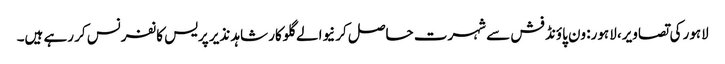
لاہور کی تصاویر، لاہور: ون پاؤنڈ فش سے شہرت حاصل کرنیوالے گلوکار شاہد نذیر پریس کانفرنس کر رہے ہیں۔